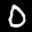
Label: 0